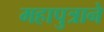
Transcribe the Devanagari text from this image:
महापुत्राने